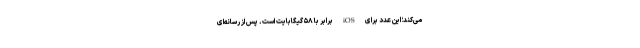
می‌کند؛ این عدد برای iOS برابر با ۵۸ گیگابایت است. پس از رسانه‌ای